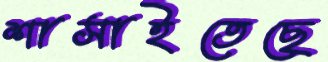
শাসাইতেছে